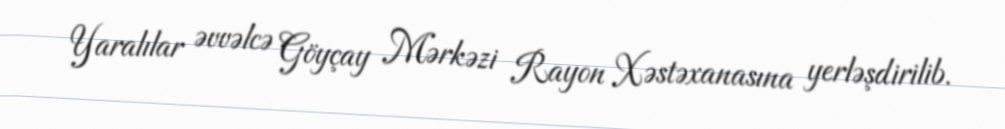
Yaralılar əvvəlcə Göyçay Mərkəzi Rayon Xəstəxanasına yerləşdirilib.